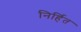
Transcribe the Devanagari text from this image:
निर्हित